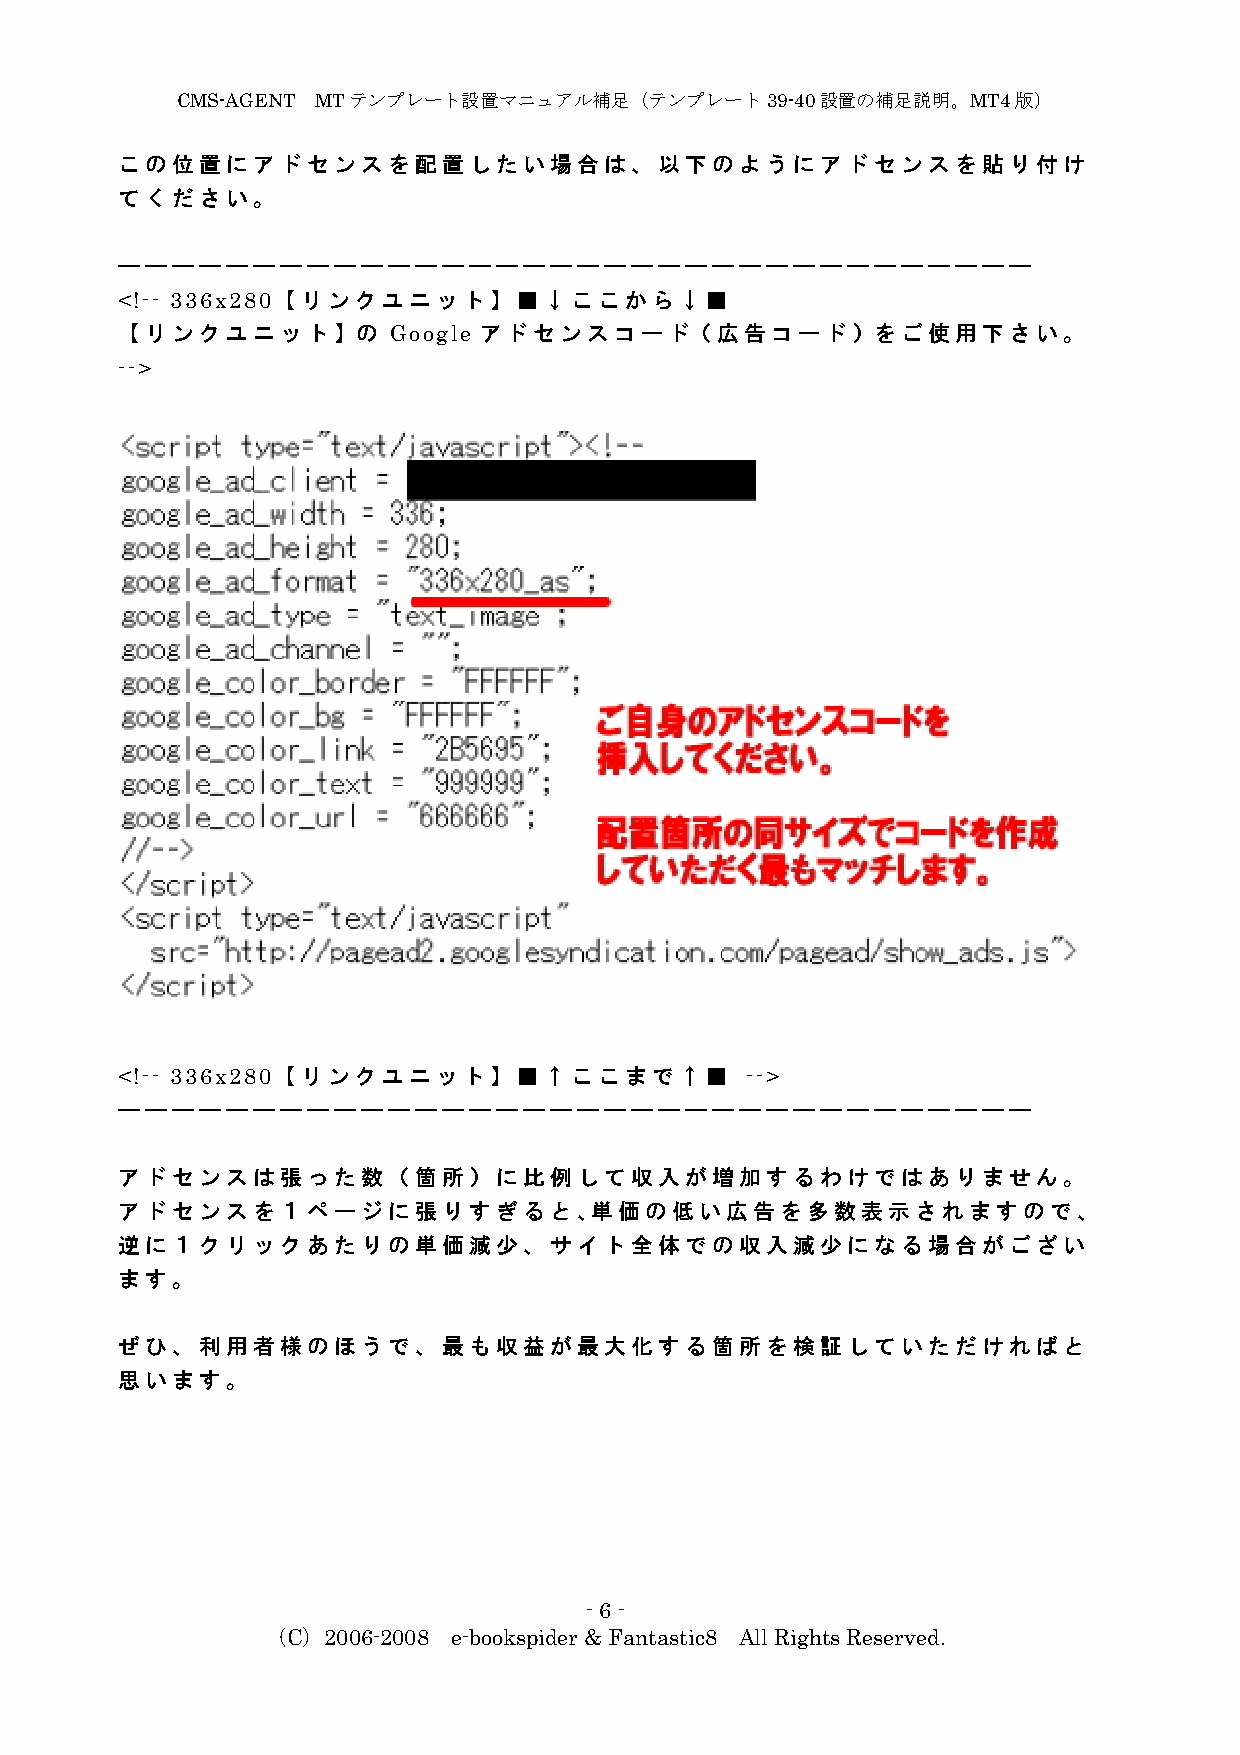
CMS-AGENT MTテンプレート設置マニュアル補足（テンプレート39-40設置の補足説明。MT4版）
 この位置にアドセンスを配置したい場合は、以下のようにアドセンスを貼り付け
 てください。
 ――――――――――――――――――――――――――――――――――
 <!-- 336x280【リンクユニット】■↓ここから↓■
 【リンクユニット】の        Google アドセンスコード（広告コード）をご使用下さい。
 -->
 <!-- 336x280【リンクユニット】■↑ここまで↑■            -->
 ――――――――――――――――――――――――――――――――――
 アドセンスは張った数（箇所）に比例して収入が増加するわけではありません。
 アドセンスを１ページに張りすぎると、単価の低い広告を多数表示されますので、
 逆に１クリックあたりの単価減少、サイト全体での収入減少になる場合がござい
 ます。
 ぜひ、利用者様のほうで、最も収益が最大化する箇所を検証していただければと
 思います。
 -6 -
 （C）2006-2008 e-bookspider & Fantastic8 All Rights Reserved.